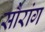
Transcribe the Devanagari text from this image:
सौरांग